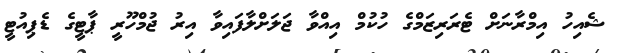
ޝެއިހު އިމްރާނަށް ޓެރަރިޒަމްގެ ހުކުމް އިއްވާ ޖަލަށްލާފައިވާ އިރު ޖުމްހޫރީ ޕާޓީގެ ޑެޕިއުޓީ